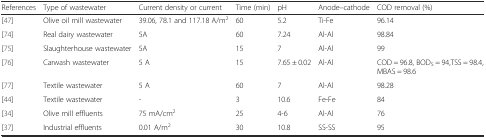
<table><thead><tr><td><b>References</b></td><td><b>Type of wastewater</b></td><td><b>Current density or current</b></td><td><b>Time (min)</b></td><td><b>pH</b></td><td><b>Anode–cathode</b></td><td><b>COD removal (%)</b></td></tr></thead><tbody><tr><td>[47]</td><td>Olive oil mill wastewater</td><td>39.06, 78.1 and 117.18 A/m<sup>2</sup></td><td>60</td><td>5.2</td><td>Ti-Fe</td><td>96.14</td></tr><tr><td>[74]</td><td>Real dairy wastewater</td><td>5A</td><td>60</td><td>7.24</td><td>Al-Al</td><td>98.84</td></tr><tr><td>[75]</td><td>Slaughterhouse wastewater</td><td>5A</td><td>15</td><td>7</td><td>Al-Al</td><td>99</td></tr><tr><td>[76]</td><td>Carwash wastewater</td><td>5 A</td><td>15</td><td>7.65 ± 0.02</td><td>Al-Al</td><td>COD = 96.8, BOD<sub>5</sub> = 94,TSS = 98.4, MBAS = 98.6</td></tr><tr><td>[77]</td><td>Textile wastewater</td><td>5 A</td><td>60</td><td>7</td><td>Al-Al</td><td>98.28</td></tr><tr><td>[44]</td><td>Textile wastewater</td><td>-</td><td>3</td><td>10.6</td><td>Fe-Fe</td><td>84</td></tr><tr><td>[34]</td><td>Olive mill effluents</td><td>75 mA/cm<sup>2</sup></td><td>25</td><td>4-6</td><td>Al-Al</td><td>76</td></tr><tr><td>[37]</td><td>Industrial effluents</td><td>0.01 A/m<sup>2</sup></td><td>30</td><td>10.8</td><td>SS-SS</td><td>95</td></tr></tbody></table>